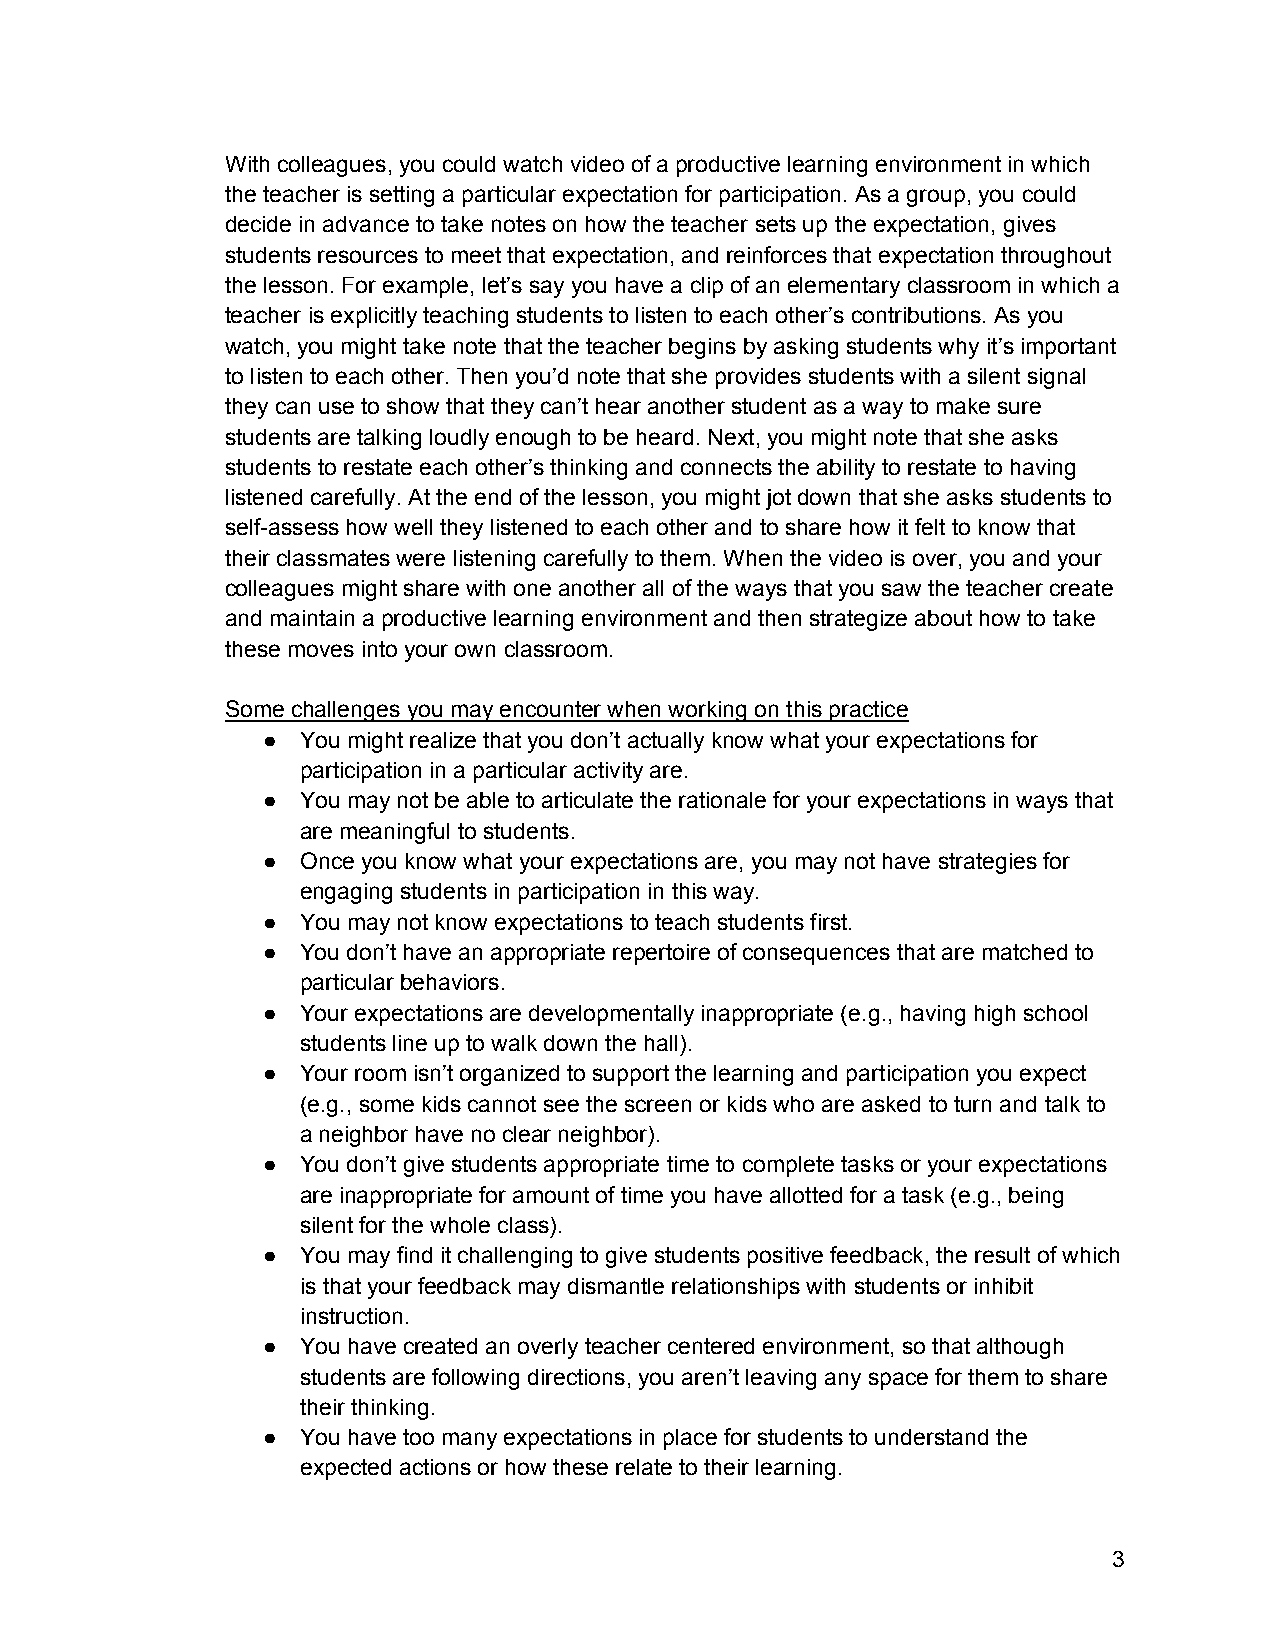
With colleagues, you could watch video of a productive learning environment in which
 the teacher is setting a particular expectation for participation. As a group, you could
 decide in advance to take notes on how the teacher sets up the expectation, gives
 students resources to meet that expectation, and reinforces that expectation throughout
 the lesson. For example, let’s say you have a clip of an elementary classroom in which a
 teacher is explicitly teaching students to listen to each other’s contributions. As you
 watch, you might take note that the teacher begins by asking students why it’s important
 to listen to each other. Then you’d note that she provides students with a silent signal
 they can use to show that they can’t hear another student as a way to make sure
 students are talking loudly enough to be heard. Next, you might note that she asks
 students to restate each other’s thinking and connects the ability to restate to having
 listened carefully. At the end of the lesson, you might jot down that she asks students to
 self­assess how well they listened to each other and to share how it felt to know that
 their classmates were listening carefully to them. When the video is over, you and your
 colleagues might share with one another all of the ways that you saw the teacher create
 and maintain a productive learning environment and then strategize about how to take
 these moves into your own classroom.
 Some challenges you may encounter when working on this practice
 ●  You might realize that you don’t actually know what your expectations for
 participation in a particular activity are.
 ●  You may not be able to articulate the rationale for your expectations in ways that
 are meaningful to students.
 ●  Once you know what your expectations are, you may not have strategies for
 engaging students in participation in this way.
 ●  You may not know expectations to teach students first.
 ●  You don’t have an appropriate repertoire of consequences that are matched to
 particular behaviors.
 ●  Your expectations are developmentally inappropriate (e.g., having high school
 students line up to walk down the hall).
 ●  Your room isn’t organized to support the learning and participation you expect
 (e.g., some kids cannot see the screen or kids who are asked to turn and talk to
 a neighbor have no clear neighbor).
 ●  You don’t give students appropriate time to complete tasks or your expectations
 are inappropriate for amount of time you have allotted for a task (e.g., being
 silent for the whole class).
 ●  You may find it challenging to give students positive feedback, the result of which
 is that your feedback may dismantle relationships with students or inhibit
 instruction.
 ●  You have created an overly teacher centered environment, so that although
 students are following directions, you aren’t leaving any space for them to share
 their thinking.
 ●  You have too many expectations in place for students to understand the
 expected actions or how these relate to their learning.
 3